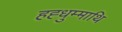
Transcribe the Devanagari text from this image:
हह्धुम्माथि